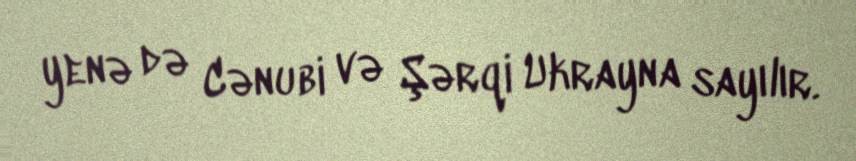
yenə də Cənubi və Şərqi Ukrayna sayılır.